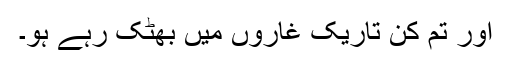
اور تم کن تاریک غاروں میں بھٹک رہے ہو۔